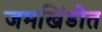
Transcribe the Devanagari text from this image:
जमखिंडीत